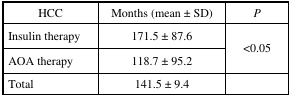
<table><thead><tr><td><b>HCC</b></td><td><b>Months (mean ± SD)</b></td><td><b><i>P</i></b></td></tr></thead><tbody><tr><td>Insulin therapy</td><td>171.5 ± 87.6</td><td rowspan="2">&lt;0.05</td></tr><tr><td>AOA therapy</td><td>118.7 ± 95.2</td></tr><tr><td>Total</td><td>141.5 ± 9.4</td><td></td></tr></tbody></table>